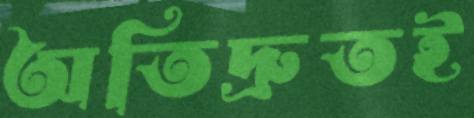
অতিদ্রুতই